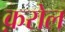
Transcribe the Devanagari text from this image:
क़रोल